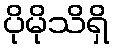
ပိုမိုသိရှိ